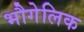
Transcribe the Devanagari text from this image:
भौगेलिक